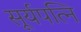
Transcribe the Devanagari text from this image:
सूर्यपत्नि